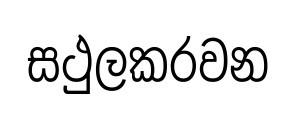
සථුලකරවන